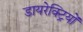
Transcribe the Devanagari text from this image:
डायरेक्ट्रियों